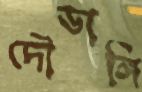
দৌডাঙ্গি